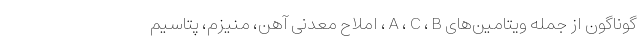
گوناگون از جمله ویتامین‌های A ، C ، B ، املاح معدنی آهن، منیزم، پتاسیم